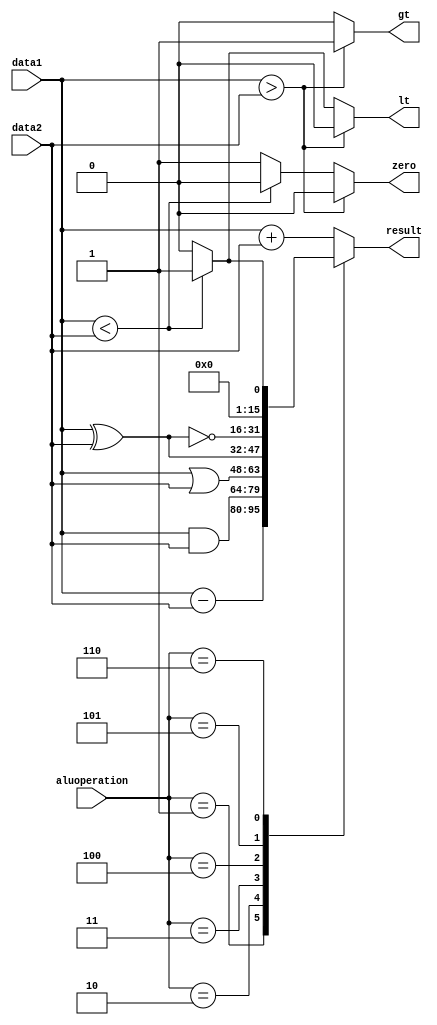
module ALU(input [15:0] data1,data2,input [3:0] aluoperation,output reg [15:0] result,output reg zero,lt,gt);

  always@(*)
  begin
    case (aluoperation)
      4'b0000 : result = data1 + data2; // ADD
      4'b0001 : result = data1 - data2; // SUB
      4'b0010 : result = data1 & data2; // AND
      4'b0011 : result = data1 | data2; // OR
      4'b0100 : result = data1 ^ data2; // XOR
		  4'b0101 : result = ~(data1 ^ data2); //XNOR
		  4'b0110 : result = data1<data2 ? 16'b1 : 16'b0;	// slt
      default : result = data1 + data2; // ADD
    endcase
    
    if(data1>data2)
		begin
		 zero = 1'b0;
       gt = 1'b1;
       lt = 1'b0; 
      end else if(data1<data2)
      begin
		 zero = 1'b0;
       gt = 1'b0;
       lt = 1'b1;  
      end
      else 
		begin
			zero = 1'b1;
			gt = 1'b0;
			lt = 1'b0;
		end
     
  end
  

endmodule